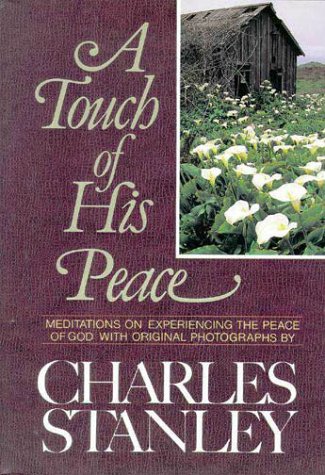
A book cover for A Touch of His Peace: Meditations on Experiencing the Peace of God; Charles F. Stanley; Christian Books & Bibles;